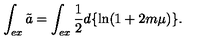
\int _ { e x } \tilde { a } = \int _ { e x } \frac { 1 } { 2 } d \{ \ln ( 1 + 2 m \mu ) \} .